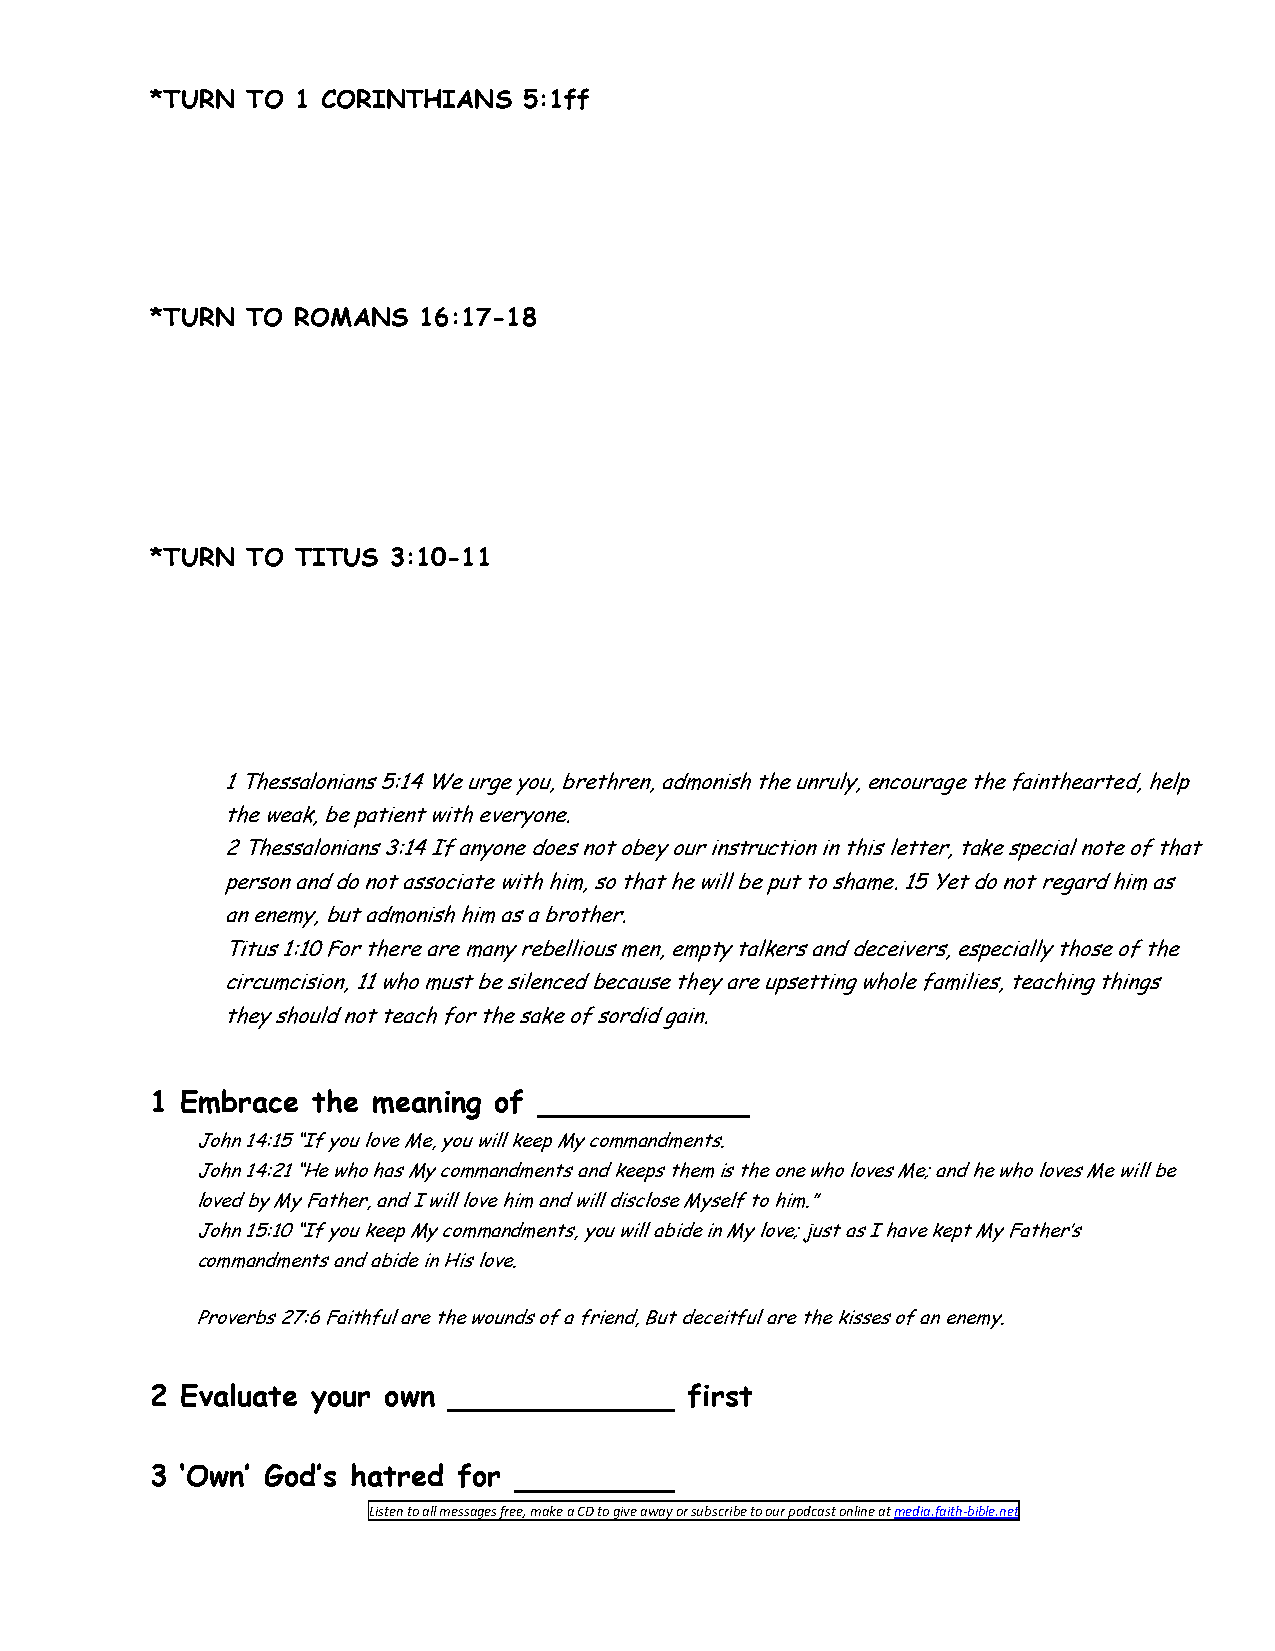
*TURN TO 1 CORINTHIANS   5:1ff
 *TURN TO  ROMANS  16:17-18
 *TURN TO TITUS  3:10-11
 1 Thessalonians 5:14 We urge you, brethren, admonish the unruly, encourage the fainthearted, help
 the weak, be patient with everyone.
 2 Thessalonians 3:14 If anyone does not obey our instruction in this letter, take special note of that
 person and do not associate with him, so that he will be put to shame. 15 Yet do not regard him as
 an enemy, but admonish him as a brother.
 Titus 1:10 For there are many rebellious men, empty talkers and deceivers, especially those of the
 circumcision, 11 who must be silenced because they are upsetting whole families, teaching things
 they should not teach for the sake of sordid gain.
 1 Embrace  the meaning of
 John 14:15 “If you love Me, you will keep My commandments.
 John 14:21 “He who has My commandments and keeps them is the one who loves Me; and he who loves Me will be
 loved by My Father, and I will love him and will disclose Myself to him.”
 John 15:10 “If you keep My commandments, you will abide in My love; just as I have kept My Father’s
 commandments and abide in His love.
 Proverbs 27:6 Faithful are the wounds of a friend, But deceitful are the kisses of an enemy.
 2 Evaluate your own                 first
 3 ‘Own’ God’s hatred for
 Listen to all messages free, make a CD to give away or subscribe to our podcast online at media.faith-bible.net